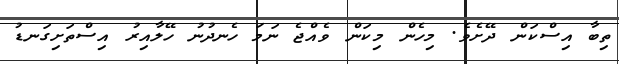
ތިބާ އިސްކަން ދޭށެވެ. މިހެން މިކަން ވެއްޖެ ނަމަ ހެނދުނު ހޭލާއިރު އިސްތަށިގަނޑު